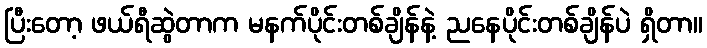
ပြီးတော့ ဖယ်ရီဆွဲတာက မနက်ပိုင်းတစ်ချိန်နဲ့ ညနေပိုင်းတစ်ချိန်ပဲ ရှိတာ။